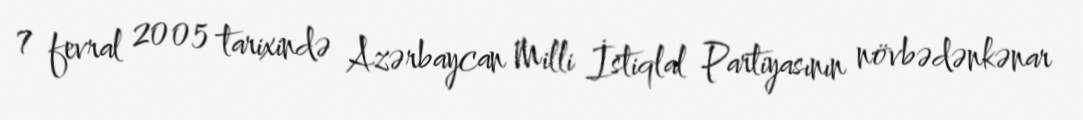
7 fevral 2005 tarixində Azərbaycan Milli İstiqlal Partiyasının növbədənkənar